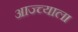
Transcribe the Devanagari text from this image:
आज्च्याला